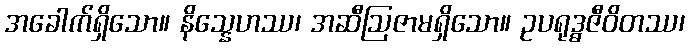
အခေါက်ရှိသော။ နိသ္နေဟဿ၊ အဆီဩဇာမရှိသော။ ဥပရုဒ္ဓဇီဝိတဿ၊